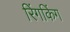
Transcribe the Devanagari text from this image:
रिंगकिंग